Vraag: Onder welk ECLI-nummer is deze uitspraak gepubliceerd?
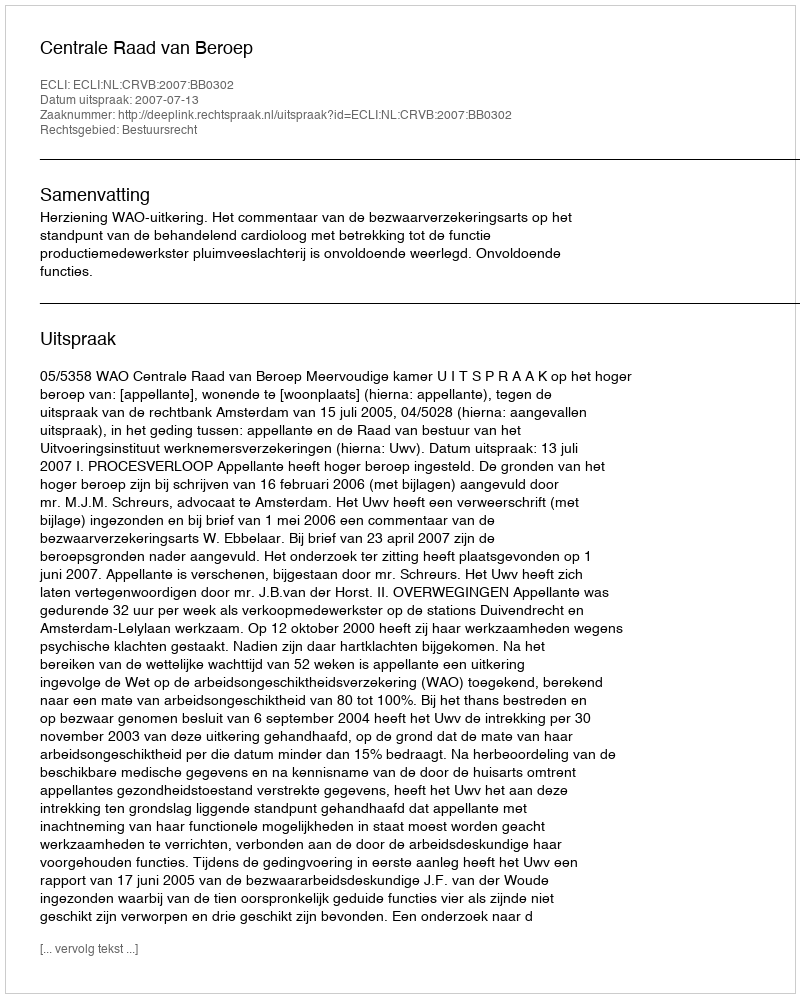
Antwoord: ECLI:NL:CRVB:2007:BB0302